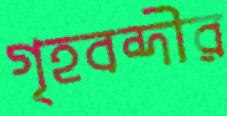
গৃহবন্দীর